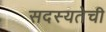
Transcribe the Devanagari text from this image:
सदस्यतेची